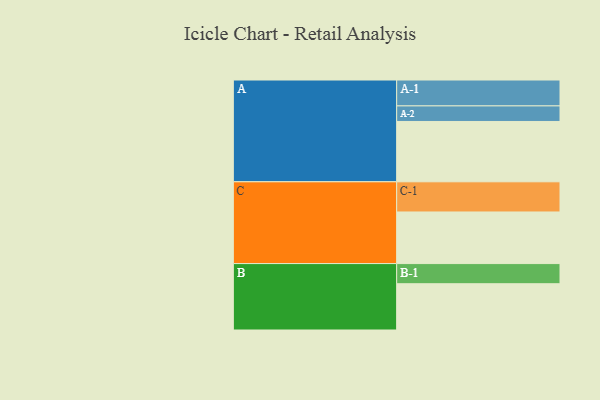
{"axis": {"x": "Segment", "y": "Value"}, "legend": ["", "A", "B", "C"], "data": [{"x": "A", "y": 566, "type": ""}, {"x": "B", "y": 434, "type": ""}, {"x": "C", "y": 484, "type": ""}, {"x": "A-1", "y": 243, "type": "A"}, {"x": "A-2", "y": 146, "type": "A"}, {"x": "B-1", "y": 189, "type": "B"}, {"x": "C-1", "y": 283, "type": "C"}]}